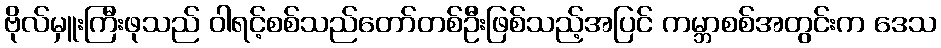
ဗိုလ်မှူးကြီးဖုသည် ဝါရင့်စစ်သည်တော်တစ်ဦးဖြစ်သည့်အပြင် ကမ္ဘာစစ်အတွင်းက ဒေသ